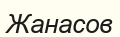
Жанасов